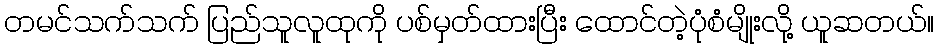
တမင်သက်သက် ပြည်သူလူထုကို ပစ်မှတ်ထားပြီး ထောင်တဲ့ပုံစံမျိုးလို့ ယူဆတယ်။